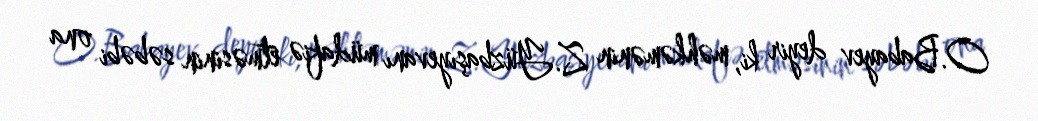
O.Babayev deyir ki, məhkəmənin Z.Yüzbaşıyevanı müdafiə etməsinin səbəbi ona